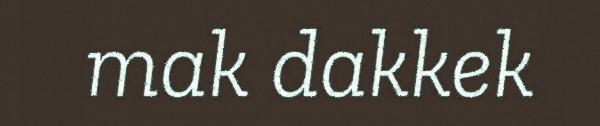
mak dakkek